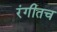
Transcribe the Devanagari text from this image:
रंगीतच